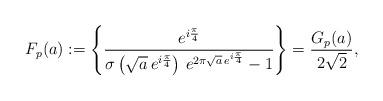
LaTeX: \begin{align*}F_{p}(a):=\left\{ \frac{e^{i\frac{\pi}{4}}}{\sigma\left(\sqrt{a}\,e^{i\frac{\pi}{4}}\right)\,e^{2\pi\sqrt{a}\,e^{i\frac{\pi}{4}}}-1}\right\} =\frac{G_{p}(a)}{2\sqrt{2}},\end{align*}